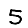
Digit: 5